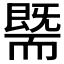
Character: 𰭯